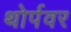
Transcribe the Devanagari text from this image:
थोर्पवर